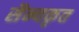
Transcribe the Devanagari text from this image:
सैन्यकृत